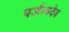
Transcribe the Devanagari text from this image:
पर्जन्यदेव